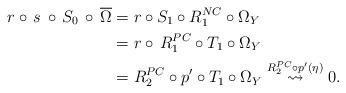
LaTeX: \begin{align*}r\circ\,s\,\circ\,S_0\,\circ\,\overline{\Omega}&=r\circ S_1\circ R^{NC}_{1}\circ \Omega_Y \\ &=r\circ\,R^{PC}_{1}\circ T_1 \circ \Omega_Y \\ &=R^{PC}_{2}\circ p'\circ T_1 \circ \Omega_Y \stackrel{R^{PC}_{2}\circ p'(\eta)}{\leadsto} 0. \end{align*}